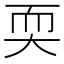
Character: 耎